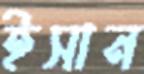
ইসান